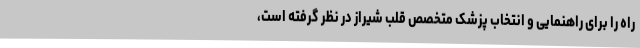
راه را برای راهنمایی و انتخاب پزشک متخصص قلب شیراز در نظر گرفته است،